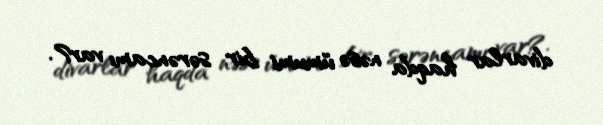
divarlar haqda nəsə ümumi bir sərəncamı var?.